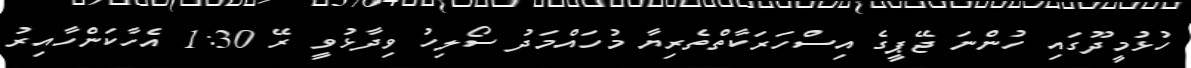
ހުޅުމީދޫގައި ހުންނަ ޖޭޕީގެ އިސްހަރަކާތްތެރިޔާ މުހައްމަދު ސޯލިހު ވިދާޅުވީ ރޭ 1:30 އެހާކަންހާއިރު